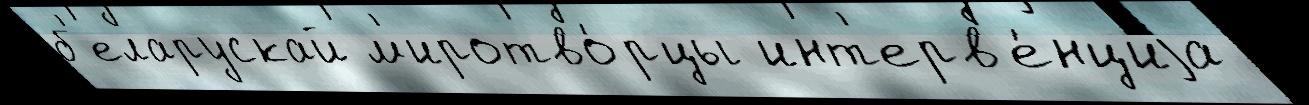
б'еларускай м'иротво́рцы инт'ерв'е́нциjа